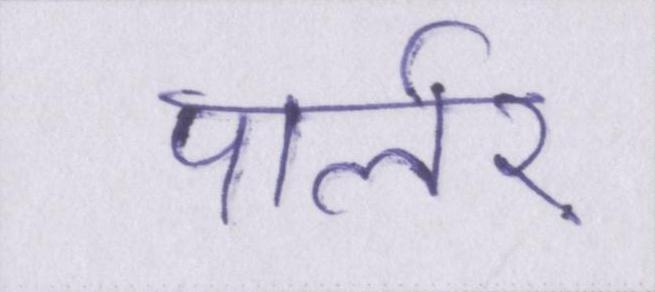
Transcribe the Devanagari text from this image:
पार्लर